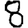
Digit: 8